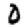
Digit: 0